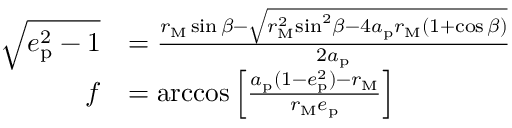
\begin{array} { r l } { \sqrt { { { e } _ { \mathrm { p } } ^ { 2 } } - 1 } } & { = \frac { { { r } _ { \mathrm { M } } } \sin \beta - \sqrt { { r } _ { \mathrm { M } } ^ { 2 } { { \sin } ^ { 2 } } \beta - 4 a _ { \mathrm { p } } { { r } _ { \mathrm { M } } } ( 1 + \cos \beta ) } } { 2 a _ { \mathrm { p } } } } \\ { f } & { = \operatorname { a r c c o s } \left[ \frac { a _ { \mathrm { p } } ( 1 - { { e } _ { \mathrm { p } } ^ { 2 } } ) - { { r } _ { \mathrm { M } } } } { { { r } _ { \mathrm { M } } } e _ { \mathrm { p } } } \right] } \end{array}